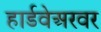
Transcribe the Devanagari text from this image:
हार्डवेअरवर